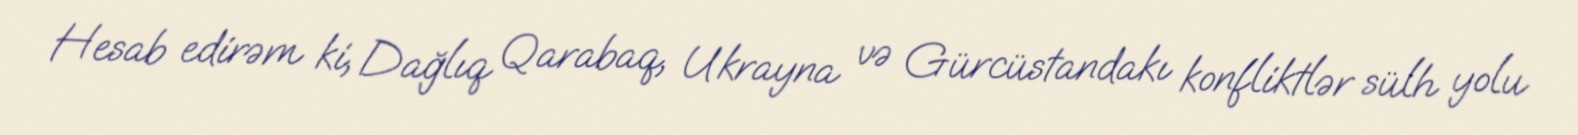
Hesab edirəm ki, Dağlıq Qarabaq, Ukrayna və Gürcüstandakı konfliktlər sülh yolu